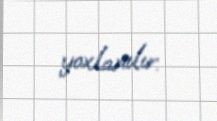
yoxlanılır.